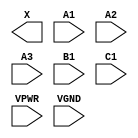
module sky130_fd_sc_hs__o311a (
    X   ,
    A1  ,
    A2  ,
    A3  ,
    B1  ,
    C1  ,
    VPWR,
    VGND
);

    output X   ;
    input  A1  ;
    input  A2  ;
    input  A3  ;
    input  B1  ;
    input  C1  ;
    input  VPWR;
    input  VGND;
endmodule